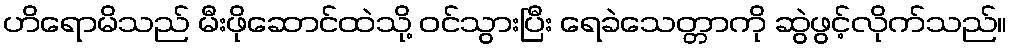
ဟိရောမိသည် မီးဖိုဆောင်ထဲသို့ ဝင်သွားပြီး ရေခဲသေတ္တာကို ဆွဲဖွင့်လိုက်သည်။